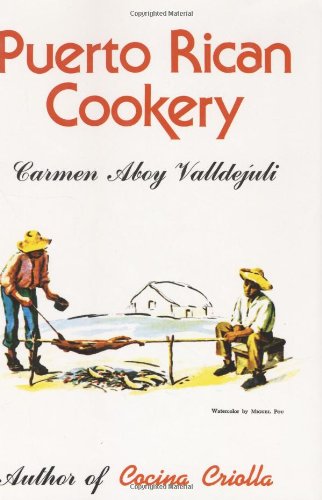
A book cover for Puerto Rican Cookery; Carmen Aboy Valldejuli; Cookbooks, Food & Wine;